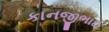
કાનજીભાઈ